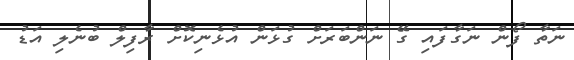
ނަތާ ފޯން ނަގާފައި ގޭ ނަންބަރަށް ގުޅަން އުޅެނިކޮށް ރާފިލް ބުނެލި އަޑު